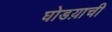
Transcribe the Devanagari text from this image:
घोडय़ाची